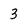
Character: 3